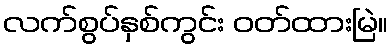
လက်စွပ်နှစ်ကွင်း ဝတ်ထားမြဲ။